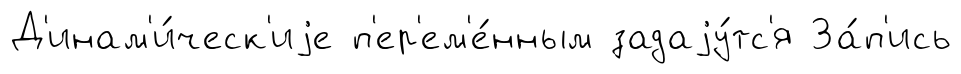
Д'инам'и́ческ'иjе п'ер'ем'е́нным задаjу́тс'я За́п'ись